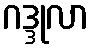
ဂဒ္ဒုလာ